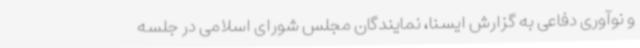
و نوآوری دفاعی به گزارش ایسنا، نمایندگان مجلس شورای اسلامی در جلسه